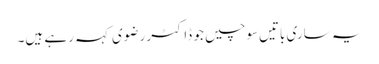
یہ ساری باتیں‌سوچیں جو ڈاکٹر رضوی کہہ رہے ہیں۔